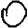
Digit: 0